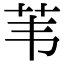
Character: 苇